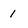
Character: 1